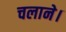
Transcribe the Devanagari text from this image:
चलाने।